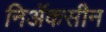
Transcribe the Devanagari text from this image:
निॲकसीन